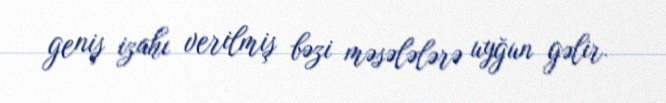
geniş izahı verilmiş bəzi məsələlərə uyğun gəlir.